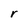
Character: r